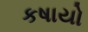
કષાયો